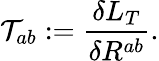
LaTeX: {\cal T}_{ab}:=\frac{\delta{L}_{T}}{\delta R^{ab}}.